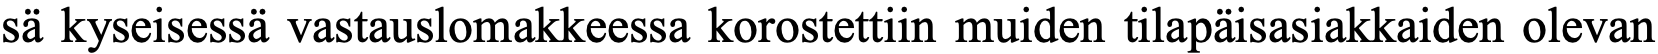
sä kyseisessä vastauslomakkeessa korostettiin muiden tilapäisasiakkaiden olevan